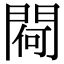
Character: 𨵅